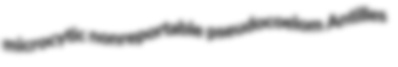
microcytic nonreportable pseudocoelom Antilles